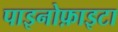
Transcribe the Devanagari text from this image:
पाइनोफ़ाइटा